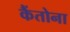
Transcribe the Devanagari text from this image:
कैंतोना